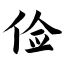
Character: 俭